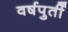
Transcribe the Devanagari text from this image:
वर्षपुर्ती